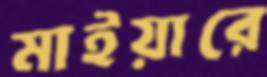
মাইয়ারে